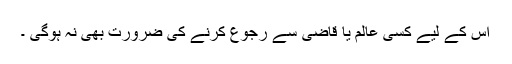
اِس کے لیے کسی عالم یا قاضی سے رجوع کرنے کی ضرورت بھی نہ ہوگی ۔